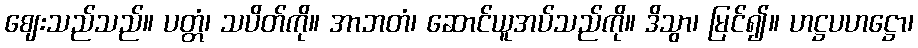
ဈေးသည်သည်။ ပတ္တံ၊ သပိတ်ကို။ အာဘတံ၊ ဆောင်ယူအပ်သည်ကို။ ဒိသွာ၊ မြင်၍။ ဟဋ္ဌပဟဋ္ဌော၊